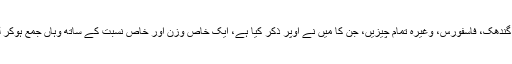
وہیں سے لوہا، گندھک، فاسفورس، وغیرہ تمام چیزیں، جن کا میں نے اوپر ذکر کیا ہے، ایک خاص وزن اور خاص نسبت کے ساتھ وہاں جمع ہوکر لوتھڑا بنتی ہیں۔